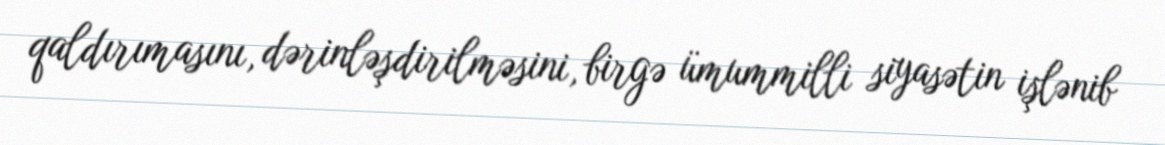
qaldırımasını, dərinləşdirilməsini, birgə ümummilli siyasətin işlənib